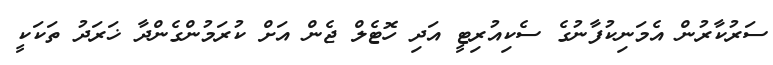
ސަރުކާރުން އެމަނިކުފާނުގެ ސެކިއުރިޓީ އަދި ހޮޓެލް ޖެން އަށް ކުރަމުންގެންދާ ޚަރަދު ތަކަކީ